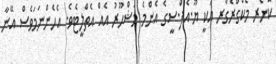
ކޮނޯރ މެކްގްރެގާރ އަކީ ޔޫ.އެފް.ސީގެ އެންމެ މަޝްހޫރު އެއް އެތްލީޓެވެ. އެހެންނަމަވެސް އޭނާ